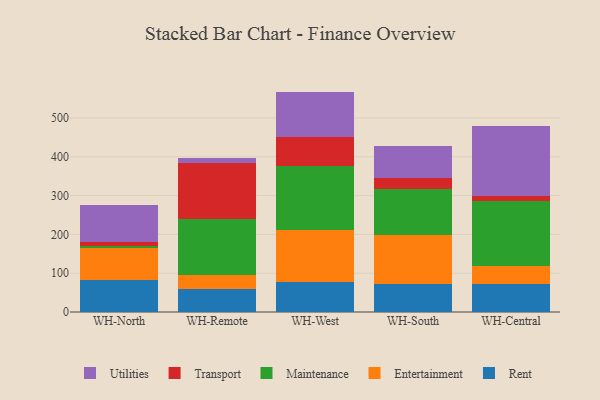
{"axis": {"x": "Warehouse", "y": "Satisfaction Score"}, "legend": ["Entertainment", "Maintenance", "Rent", "Transport", "Utilities"], "data": [{"x": "WH-North", "y": 82.6, "type": "Rent"}, {"x": "WH-North", "y": 81.1, "type": "Entertainment"}, {"x": "WH-North", "y": 5.1, "type": "Maintenance"}, {"x": "WH-North", "y": 11.6, "type": "Transport"}, {"x": "WH-North", "y": 96.2, "type": "Utilities"}, {"x": "WH-Remote", "y": 59.8, "type": "Rent"}, {"x": "WH-Remote", "y": 36.8, "type": "Entertainment"}, {"x": "WH-Remote", "y": 144.2, "type": "Maintenance"}, {"x": "WH-Remote", "y": 144.4, "type": "Transport"}, {"x": "WH-Remote", "y": 10.6, "type": "Utilities"}, {"x": "WH-West", "y": 77.7, "type": "Rent"}, {"x": "WH-West", "y": 133.6, "type": "Entertainment"}, {"x": "WH-West", "y": 166.0, "type": "Maintenance"}, {"x": "WH-West", "y": 73.9, "type": "Transport"}, {"x": "WH-West", "y": 116.7, "type": "Utilities"}, {"x": "WH-South", "y": 71.8, "type": "Rent"}, {"x": "WH-South", "y": 125.7, "type": "Entertainment"}, {"x": "WH-South", "y": 120.0, "type": "Maintenance"}, {"x": "WH-South", "y": 28.9, "type": "Transport"}, {"x": "WH-South", "y": 82.4, "type": "Utilities"}, {"x": "WH-Central", "y": 71.2, "type": "Rent"}, {"x": "WH-Central", "y": 47.0, "type": "Entertainment"}, {"x": "WH-Central", "y": 167.7, "type": "Maintenance"}, {"x": "WH-Central", "y": 14.2, "type": "Transport"}, {"x": "WH-Central", "y": 178.3, "type": "Utilities"}]}